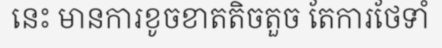
នេះ មានការខូចខាតតិចតួច តែការថែទាំ